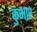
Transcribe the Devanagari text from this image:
कुभार